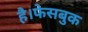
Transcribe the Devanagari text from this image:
है।फेसबुक